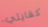
كفايتي